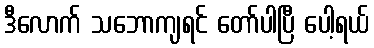
ဒီလောက် သဘောကျရင် တော်ပါပြီ ပေါ့ရယ်